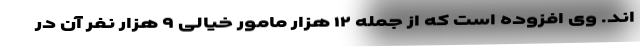
اند. وی افزوده است که از جمله ۱۲ هزار مامور خیالی ۹ هزار نفر آن در